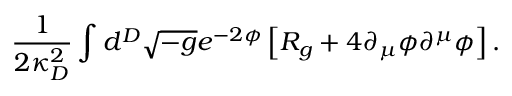
{ \frac { 1 } { 2 \kappa _ { D } ^ { 2 } } } \int d ^ { D } \sqrt { - g } e ^ { - 2 \phi } \left[ { \cal R } _ { g } + 4 \partial _ { \mu } \phi \partial ^ { \mu } \phi \right] .